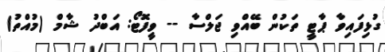
ގުޅިފައިވާ ޕާޓީ ތަކުން ބޭއްވި ޖަލްސާ -- ވީފޮޓޯ: އަބްދު ޝާމް (މުއްތު)